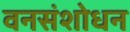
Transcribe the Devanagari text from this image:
वनसंशोधन